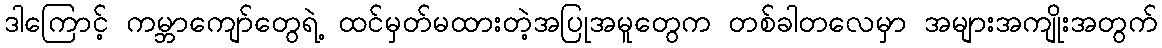
ဒါကြောင့် ကမ္ဘာကျော်တွေရဲ့ ထင်မှတ်မထားတဲ့အပြုအမူတွေက တစ်ခါတလေမှာ အများအကျိုးအတွက်